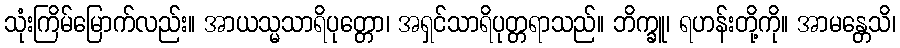
သုံးကြိမ်မြောက်လည်း။ အာယသ္မသာရိပုတ္တော၊ အရှင်သာရိပုတ္တရာသည်။ ဘိက္ခူ၊ ရဟန်းတို့ကို။ အာမန္တေသိ၊